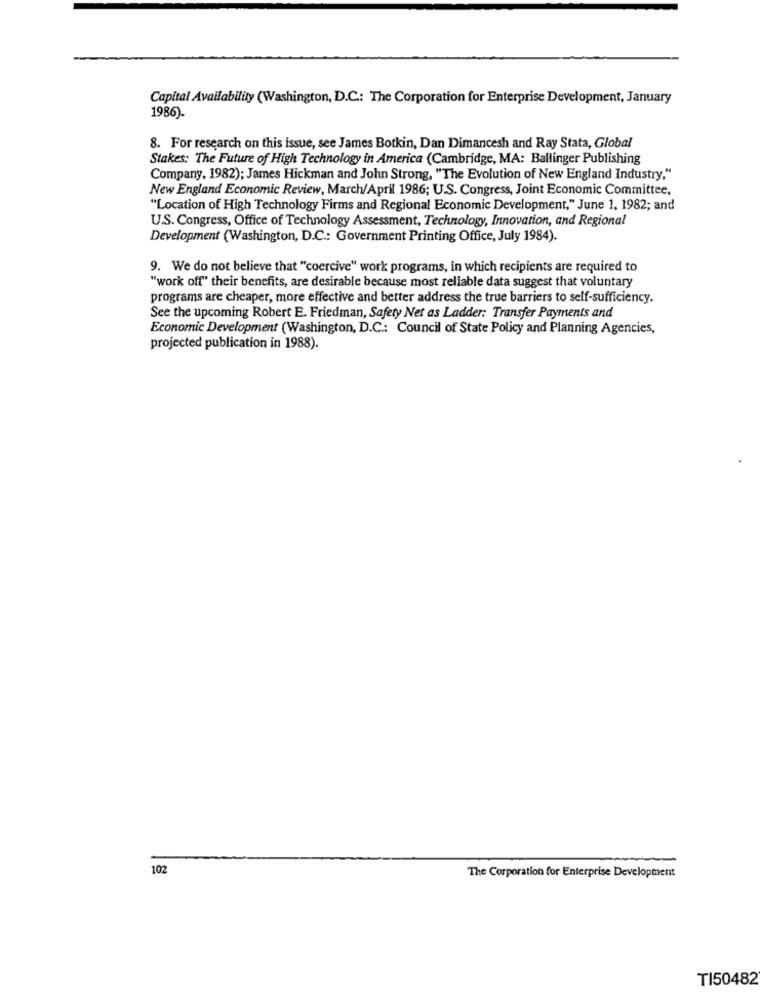
Capital Availability (Washington, D.C .: The Corporation for Enterprise Development, January
1986).
8. For research on this issue, see James Botkin, Dan Dimancesh and Ray Stata, Global
Stakes: The Future of High Technology in America (Cambridge, MA: Ballinger Publishing
Company, 1982); James Hickman and John Strong, "The Evolution of New England Industry."
New England Economic Review, March/April 1986; U.S. Congress, Joint Economic Committee,
"Location of High Technology Firms and Regional Economic Development," June 1, 1982; and
U.S. Congress, Office of Technology Assessment, Technology, Innovation, and Regional
Development (Washington, D.C .: Government Printing Office, July 1984).
9. We do not believe that "coercive" work programs, in which recipients are required to
"work off" their benefits, are desirable because most reliable data suggest that voluntary
programs are cheaper, more effective and better address the true barriers to self-sufficiency.
See the upcoming Robert E. Friedman, Safety Net as Ladder: Transfer Payments and
Economic Development (Washington, D.C .: Council of State Policy and Planning Agencies,
projected publication in 1988).
102
The Corporation for Enterprise Development
TI50482